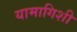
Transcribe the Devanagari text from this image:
यामागिशी